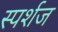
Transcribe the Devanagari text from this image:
स्पर्शज